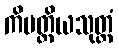
ကိမတ္ထိယသုတ္တံ